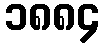
၁၈၈၄